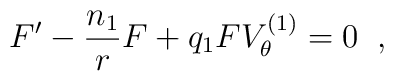
F'-\frac{n_{1}}{r}F+q_{1}FV^{(1)}_{\theta}=0 \;\;,